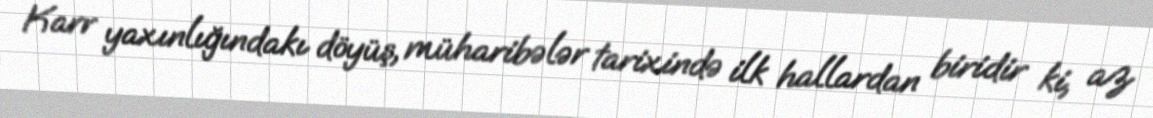
Karr yaxınlığındakı döyüş, müharibələr tarixində ilk hallardan biridir ki, az